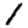
Digit: 1